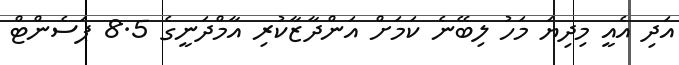
އަދި އެއީ މިދިޔަ މަހު ލިބޭނެ ކަމަށް އަންދާޒާކުރި އާމްދަނީގެ 8.5 ޕަސެންޓް